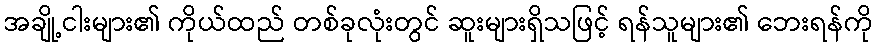
အချို့ငါးများ၏ ကိုယ်ထည် တစ်ခုလုံးတွင် ဆူးများရှိသဖြင့် ရန်သူများ၏ ဘေးရန်ကို